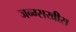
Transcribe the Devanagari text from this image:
जन्म्सखीस